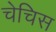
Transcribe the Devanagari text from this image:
चेचिस